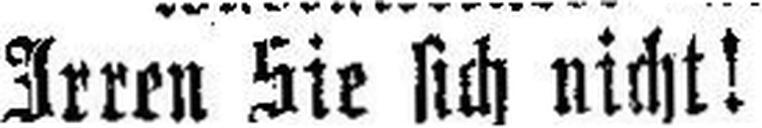
Irren Sie sich nicht!